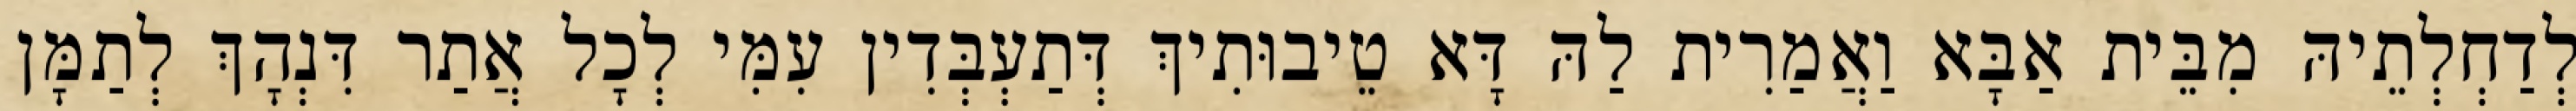
לְדַחְלְתֵיהּ מִבֵּית אַבָּא וַאֲמַרִית לַהּ דָּא טֵיבוּתִיךְ דְּתַעְבְּדִין עִמִּי לְכָל אֲתַר דִּנְהָךְ לְתַמָּן